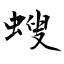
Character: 螋